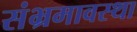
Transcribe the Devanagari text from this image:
संभ्रमावस्था